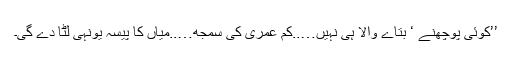
’’کوئی پوچھنے ‘ بتاے والا ہی نہیں…..کم عمری کی سمجھ…..میاں کا پیسہ یونہی لٹا دے گی۔